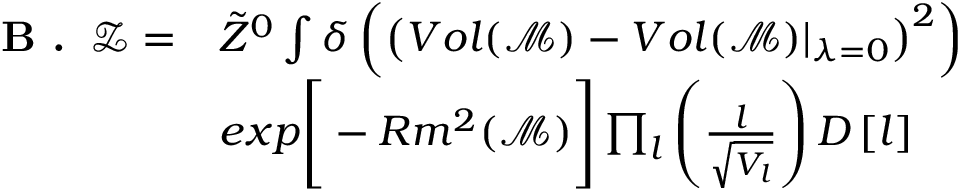
\begin{array} { r l } { \textbf { B . } \, \mathcal { Z } = } & { \tilde { Z } ^ { 0 } \int \delta \left( \left( V o l ( \mathcal { M } ) - V o l ( \mathcal { M } ) \vert _ { \lambda = 0 } \right) ^ { 2 } \right) } \\ & { e x p \Bigg [ - R m ^ { 2 } ( \mathcal { M } ) \Bigg ] \prod _ { l } \left( \frac { l } { \sqrt { V _ { l } } } \right) D \left[ l \right] } \end{array}